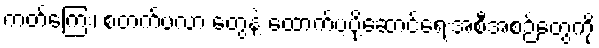
ကတ်ကြေး၊ စတက်ပလာ တွေနဲ့ ထောက်ပံ့ပို့ဆောင်ရေးအစီအစဉ်တွေကို